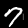
Digit: 7